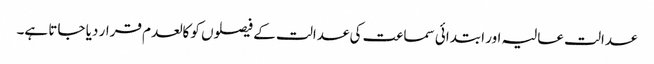
عدالت عالیہ اور ابتدائی سماعت کی عدالت کے فیصلوں کو کالعدم قرار دیا جاتا ہے۔